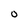
Character: O